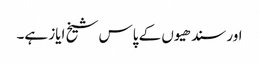
اور سندھیوں کے پاس شیخ ایاز ہے۔